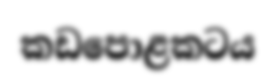
කඩපොළකටය